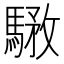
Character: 𩤝